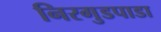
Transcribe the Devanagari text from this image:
निरगुडपाडा